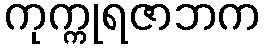
ကုက္ကုရဇာဘက